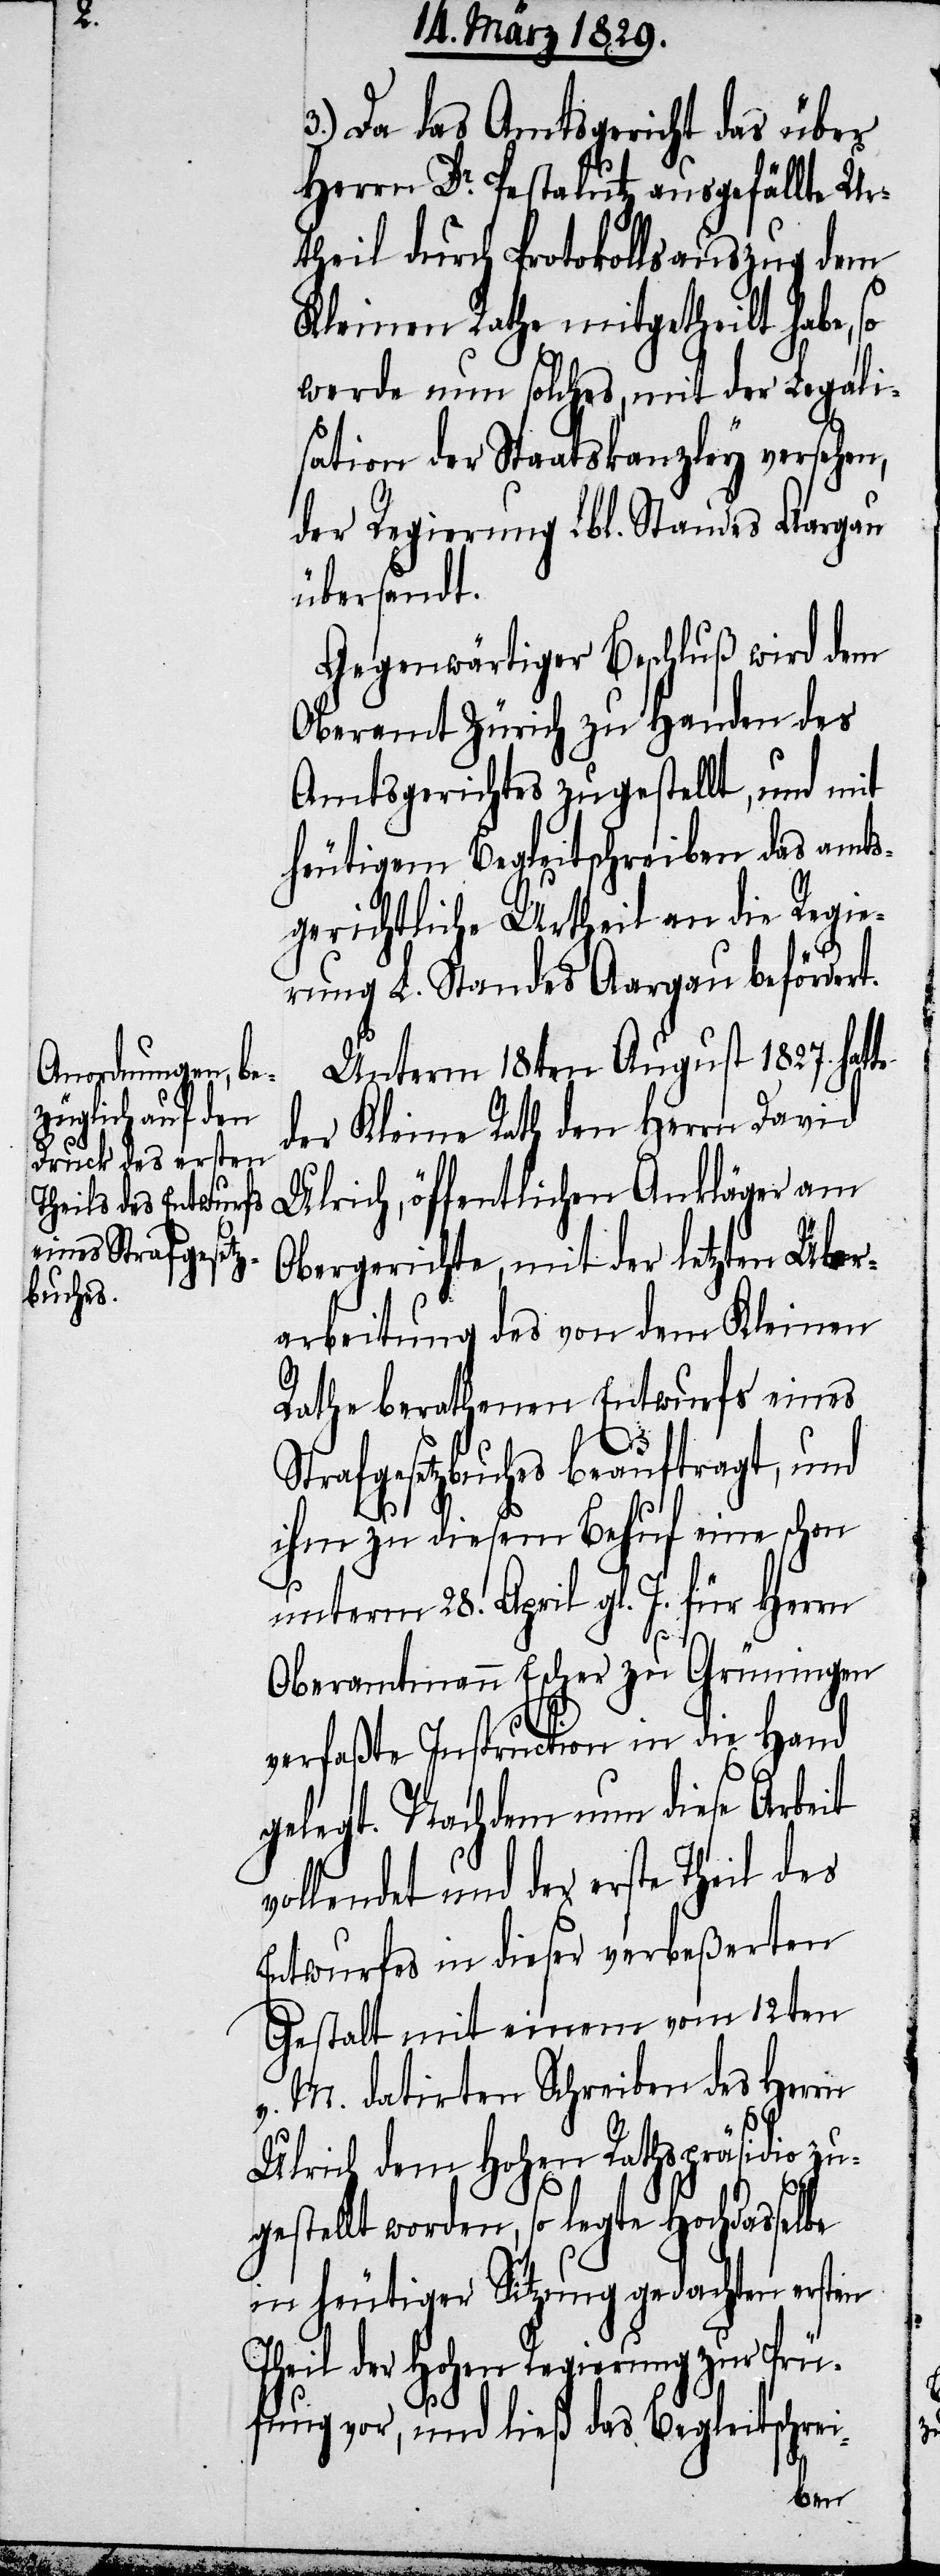
3.) Da das Amtsgericht das über
Herrn Dr. Pestalutz ausgefällte Ur¬
theil durch Protokollsauszug dem
Kleinen Rath mitgetheilt habe, so
werde nun solches, mit der Legali¬
sation der Staatskanzley versehen,
der Regierung Lbl. Standes Aargau
übersandt.
Gegenwärtiger Beschluß wird dem
Oberamt Zürich zu Handen des
Amtsgerichtes zugestellt, und mit
heutigem Begleitschreiben das amts¬
gerichtlichen Urtheil an die Regie¬
rung L. Standes Aargau befördert.
Unterm 18ten August 1827. hat¬
der Kleine Rath den Herrn David
Ulrich, öffentlichen Ankläger am
Obergerichte, mit der letzten Über¬
arbeitung des von dem Kleinen
Rathe berathenen Entwurfs eines
Strafgesetzbuches beauftragt, und
ihm zu diesem Behuf eine schon
te
unterm 28. April gl. J. für Herrn
Oberamtmann Escher zu Grüningen
verfaßte Instruction in die Hand
gelegt. Nachdem nun diese Arbeit
vollendet und der erste Theil des
Entwurfes in dieser verbeßerten
Gestalt mit einem vom 12ten
v. M. datirten Schreiben des Herrn
Ulrich dem Hohen Rathspräsidio zu¬
gestellt worden, so legte Hochdasselbe
in heutiger Sitzung gedachten ersten
Theil der Hohen Regierung zur Prü¬
fung vor, und ließ das Begleitschrei-